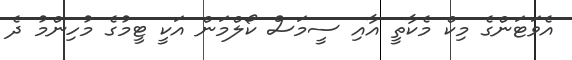
އެވަޓަންގެ މިކް މެކާތީ އާއި ސީމަސް ކޯލްމަން އަކީ ޓީމުގެ މުހިންމު ދެ